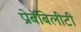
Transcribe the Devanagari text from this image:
प्रोबॅबिलीटी